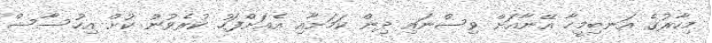
މިހާރުގެ އަނބިމީހާ އޭނާއަށް ވިސްނައި ދިން ކަމަށާއި އެއަށްފަހު ކުރެވުނު ކުށް އިހުސާސް